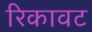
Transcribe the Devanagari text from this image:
रिकावट